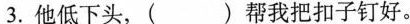
3.他低下头，( )帮我把扣子钉好。